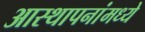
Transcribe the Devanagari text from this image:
आस्‍थापनांमध्‍ये